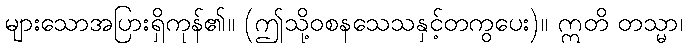
များသောအပြားရှိကုန်၏။ (ဤသို့ဝစနသေသနှင့်တကွပေး)။ ဣတိ တသ္မာ၊